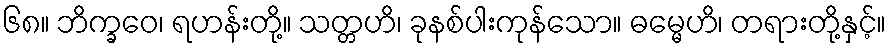
၆၈။ ဘိက္ခဝေ၊ ရဟန်းတို့။ သတ္တဟိ၊ ခုနစ်ပါးကုန်သော။ ဓမ္မေဟိ၊ တရားတို့နှင့်။